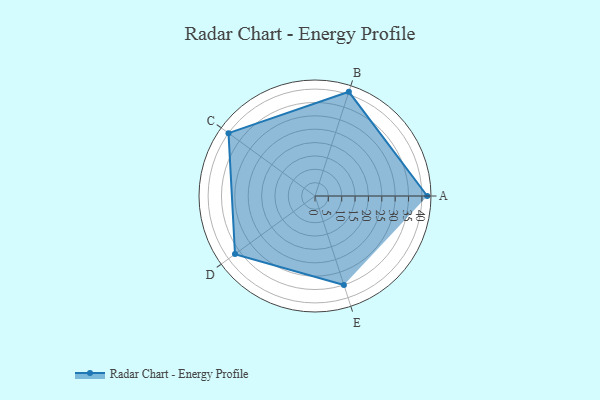
{"axis": {"x": "Skill", "y": "Score"}, "legend": ["Profile"], "data": [{"x": "A", "y": 42.0, "type": "Profile"}, {"x": "B", "y": 41.0, "type": "Profile"}, {"x": "C", "y": 40.0, "type": "Profile"}, {"x": "D", "y": 37.0, "type": "Profile"}, {"x": "E", "y": 35.0, "type": "Profile"}]}